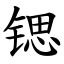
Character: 锶